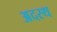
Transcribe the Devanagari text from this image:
अदस्थ